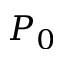
P _ { 0 }